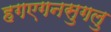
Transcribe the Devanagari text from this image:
हगएगनसुगलु